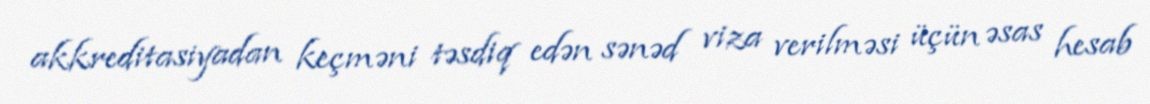
akkreditasiyadan keçməni təsdiq edən sənəd viza verilməsi üçün əsas hesab